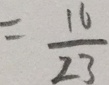
= \frac { 1 6 } { 2 3 }